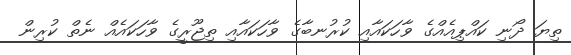
ތިޔަ ދޯނި ކައްޕިއެއްގެ ވާހަކައާއި ކުރުނބާގެ ވާހަކައާއި ތިޖޫރީގެ ވާހަކައެއް ނެތް ކުރިން